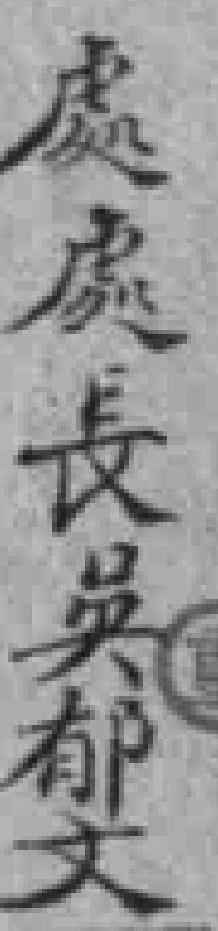
處處長吳郁文